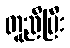
တူညီပြီး